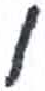
אות: ו